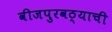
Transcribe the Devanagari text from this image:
वीजपुरवठ्याची